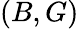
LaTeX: (B,G)